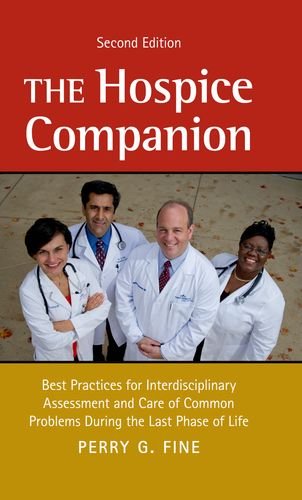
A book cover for The Hospice Companion: Best Practices for Interdisciplinary Assessment and Care of Common Problems During the Last Phase of Life; Self-Help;